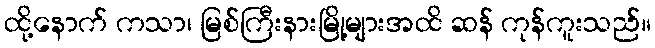
ထို့နောက် ကသာ၊ မြစ်ကြီးနားမြို့များအထိ ဆန် ကုန်ကူးသည်။